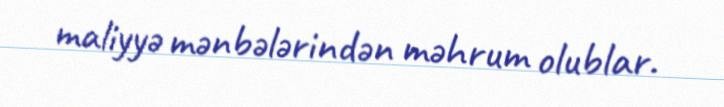
maliyyə mənbələrindən məhrum olublar.